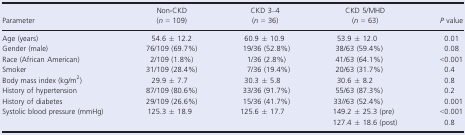
<table><thead><tr><td><b>Parameter</b></td><td><b>Non‐CKD (<i>n</i> = 109)</b></td><td><b>CKD 3–4 (<i>n</i> = 36)</b></td><td><b>CKD 5/MHD (<i>n</i> = 63)</b></td><td><b><i>P</i> value</b></td></tr></thead><tbody><tr><td>Age (years)</td><td>54.6 ± 12.2</td><td>60.9 ± 10.9</td><td>53.9 ± 12.0</td><td>0.01</td></tr><tr><td>Gender (male)</td><td>76/109 (69.7%)</td><td>19/36 (52.8%)</td><td>38/63 (59.4%)</td><td>0.08</td></tr><tr><td>Race (African American)</td><td>2/109 (1.8%)</td><td>1/36 (2.8%)</td><td>41/63 (64.1%)</td><td>&lt;0.001</td></tr><tr><td>Smoker</td><td>31/109 (28.4%)</td><td>7/36 (19.4%)</td><td>20/63 (31.7%)</td><td>0.4</td></tr><tr><td>Body mass index (kg/m<sup>2</sup>)</td><td>29.9 ± 7.7</td><td>30.3 ± 5.8</td><td>30.6 ± 8.2</td><td>0.8</td></tr><tr><td>History of hypertension</td><td>87/109 (80.6%)</td><td>33/36 (91.7%)</td><td>55/63 (87.3%)</td><td>0.2</td></tr><tr><td>History of diabetes</td><td>29/109 (26.6%)</td><td>15/36 (41.7%)</td><td>33//63 (52.4%)</td><td>0.001</td></tr><tr><td>Systolic blood pressure (mmHg)</td><td>125.3 ± 18.9</td><td>125.6 ± 17.7</td><td>149.2 ± 25.3 (pre)127.4 ± 18.6 (post)</td><td>&lt;0.0010.8</td></tr></tbody></table>